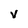
Character: V